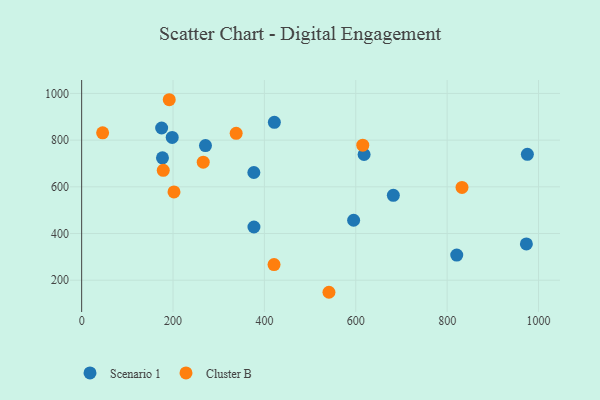
{"axis": {"x": "Study Hours", "y": "Sales"}, "legend": ["Cluster B", "Scenario 1"], "data": [{"x": "175.1", "y": 852.0, "type": "Scenario 1"}, {"x": "595.3", "y": 456.8, "type": "Scenario 1"}, {"x": "198.2", "y": 811.5, "type": "Scenario 1"}, {"x": "271.0", "y": 776.7, "type": "Scenario 1"}, {"x": "618.2", "y": 738.4, "type": "Scenario 1"}, {"x": "682.2", "y": 563.8, "type": "Scenario 1"}, {"x": "973.4", "y": 355.4, "type": "Scenario 1"}, {"x": "176.9", "y": 724.3, "type": "Scenario 1"}, {"x": "421.8", "y": 876.4, "type": "Scenario 1"}, {"x": "377.1", "y": 428.0, "type": "Scenario 1"}, {"x": "821.0", "y": 307.7, "type": "Scenario 1"}, {"x": "376.9", "y": 661.4, "type": "Scenario 1"}, {"x": "975.6", "y": 739.3, "type": "Scenario 1"}, {"x": "191.7", "y": 973.1, "type": "Cluster B"}, {"x": "266.1", "y": 705.4, "type": "Cluster B"}, {"x": "45.9", "y": 831.2, "type": "Cluster B"}, {"x": "615.3", "y": 778.3, "type": "Cluster B"}, {"x": "338.2", "y": 829.0, "type": "Cluster B"}, {"x": "202.1", "y": 578.3, "type": "Cluster B"}, {"x": "832.5", "y": 597.4, "type": "Cluster B"}, {"x": "421.1", "y": 267.1, "type": "Cluster B"}, {"x": "541.3", "y": 148.3, "type": "Cluster B"}, {"x": "178.6", "y": 670.7, "type": "Cluster B"}]}